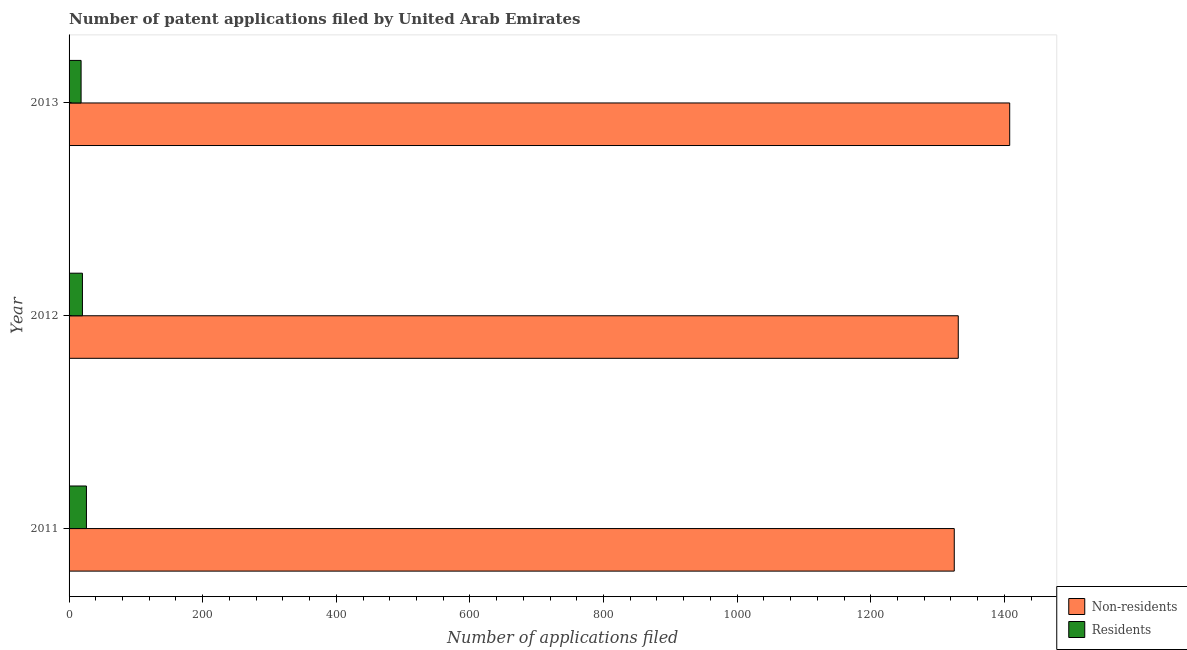
| Year | Non-residents | Residents |
 | --- | --- | --- |
 | 2011 | 1.32e+03 | 26 |
 | 2012 | 1.33e+03 | 20 |
 | 2013 | 1.41e+03 | 18 |